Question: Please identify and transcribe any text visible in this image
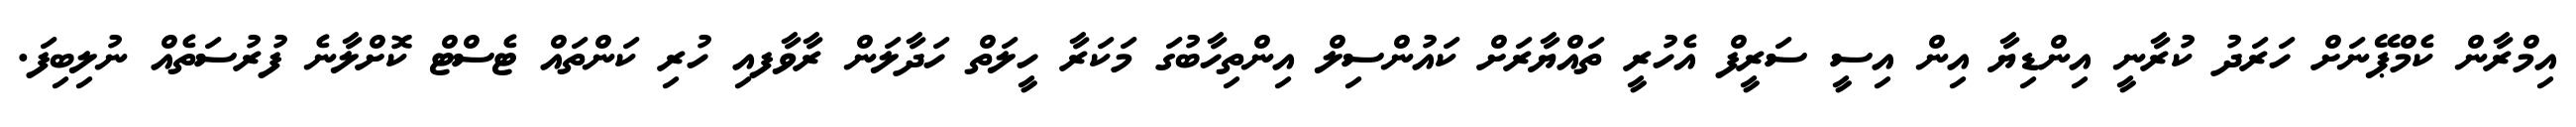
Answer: އިމްރާން ކެމްޕޭނަށް ހަރަދު ކުރާނީ އިންޑިޔާ އިން އިސީ ސަރީފް އެހުރީ ތައްޔާރަށް ކައުންސިލް އިންތިހާބުގަ މަކަރާ ހީލަތް ހަދާލަން ރާވާފއި ހުރި ކަންތައް ޓެސްޓް ކޮށްލާނެ ފުރުސަތެއް ނުލިބިފަ.